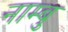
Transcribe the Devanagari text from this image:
नाम्बु